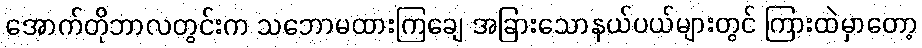
အောက်တိုဘာလတွင်းက သဘောမထားကြချေ အခြားသောနယ်ပယ်များတွင် ကြားထဲမှာတော့